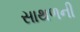
સાથળની